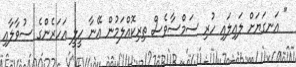
" އަނގަޔަށް ލައިލައި ހުރި ސަމްސާވެސް ތިރިކޮއްލަމުން އޭނާ ހީލީ އަހަރެންގެ ސުވާލާއި